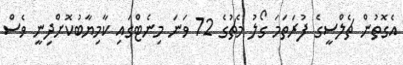
އެގޮތުން ޗެލްސީގެ ފުރަތަމަ ގޯލު މެޗުގެ 72 ވަނަ މިނެޓްގައި ކާމިޔާބުކޮށްދިނީ ވެސް